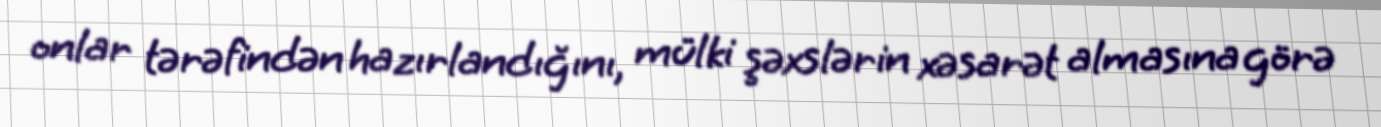
onlar tərəfindən hazırlandığını, mülki şəxslərin xəsarət almasına görə